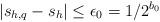
LaTeX: \begin{align*} |s_{h,q}-s_h|\le\epsilon_0=1/2^{b_0} \end{align*}